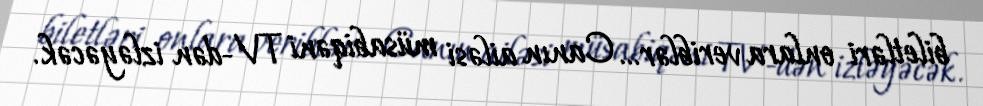
biletləri onlara veriblər… Canın ailəsi müsabiqəni TV-dən izləyəcək.